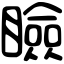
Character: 瞼